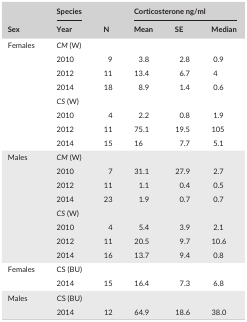
| <ROWSPAN=2> Sex | Species | <ROWSPAN=2> N | <COLSPAN=3> Corticosterone ng/ml |
 | Year | Mean | SE | Median |
 | --- | --- | --- | --- | --- | --- |
 | <ROWSPAN=8> Females | <COLSPAN=5> CM (W) |
 | 2010 | 9 | 3.8 | 2.8 | 0.9 |
 | 2012 | 11 | 13.4 | 6.7 | 4 |
 | 2014 | 18 | 8.9 | 1.4 | 0.6 |
 | <COLSPAN=5> CS (W) |
 | 2010 | 4 | 2.2 | 0.8 | 1.9 |
 | 2012 | 11 | 75.1 | 19.5 | 105 |
 | 2014 | 15 | 16 | 7.7 | 5.1 |
 | <ROWSPAN=8> Males | <COLSPAN=5> CM (W) |
 | 2010 | 7 | 31.1 | 27.9 | 2.7 |
 | 2012 | 11 | 1.1 | 0.4 | 0.5 |
 | 2014 | 23 | 1.9 | 0.7 | 0.7 |
 | <COLSPAN=5> CS (W) |
 | 2010 | 4 | 5.4 | 3.9 | 2.1 |
 | 2012 | 11 | 20.5 | 9.7 | 10.6 |
 | 2014 | 16 | 13.7 | 9.4 | 0.8 |
 | <ROWSPAN=2> Females | <COLSPAN=5> CS (BU) |
 | 2014 | 15 | 16.4 | 7.3 | 6.8 |
 | <ROWSPAN=2> Males | <COLSPAN=5> CS (BU) |
 | 2014 | 12 | 64.9 | 18.6 | 38.0 |